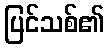
ပြင်သစ်၏